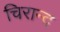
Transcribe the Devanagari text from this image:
चिरान्द